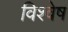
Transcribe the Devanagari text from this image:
विश्वेष